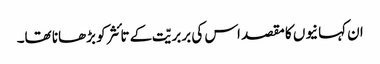
ان کہانیوں کا مقصد اس کی بربریّت کے تائثر کو بڑھانا تھا۔